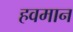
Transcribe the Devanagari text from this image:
हवमान